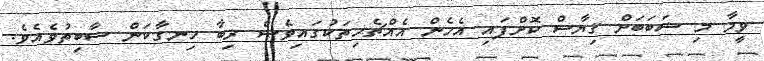
ވީމާ މި ސަބަބަށް ޤިޔާސް ކޮށްފައި އެހެން އެއްޗެހިތަކުގައިވެސް ރިބާ ހިނގާކަން ސާބިތުވެއެވެ.